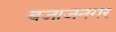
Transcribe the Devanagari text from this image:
बजाजनगर